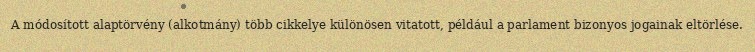
A módosított alaptörvény (alkotmány) több cikkelye különösen vitatott, például a parlament bizonyos jogainak eltörlése.